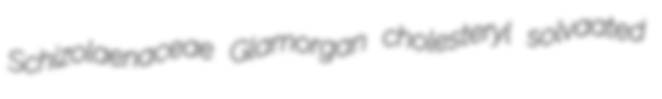
Schizolaenaceae Glamorgan cholesteryl solvaated